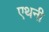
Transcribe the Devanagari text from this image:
एथनी